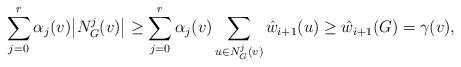
LaTeX: \begin{align*}\sum_{j=0}^r \alpha_j(v) \big|N^j_G(v)\big| \ge \sum_{j=0}^r \alpha_j(v) \sum_{u\in N^j_G(v)} \hat{w}_{i+1}(u) &\geq \hat{w}_{i+1}(G) = \gamma(v),\end{align*}